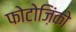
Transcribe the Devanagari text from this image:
फोटोज़िंको